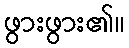
ဖွားဖွား၏။